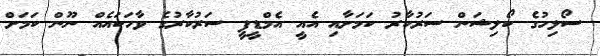
ސޯލިހުގެ ކޯލިޝަން ސަރުކާރު ކަމަށާއި އެއީ އެމްޑީޕީ ސަރުކާރުގެ ވާހަކައެއް ނޫން ކަމަށް